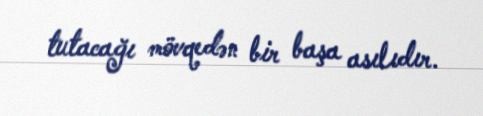
tutacağı mövqedən bir başa asılıdır.